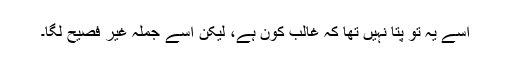
اسے یہ تو پتا نہیں تھا کہ غالب کون ہے، لیکن اسے جملہ غیر فصیح لگا۔